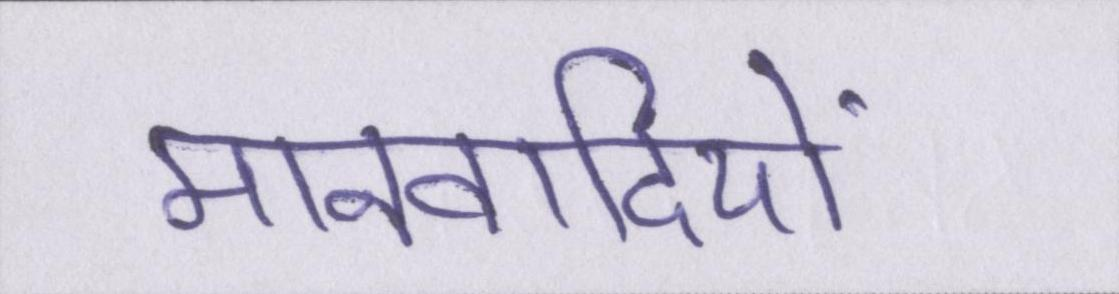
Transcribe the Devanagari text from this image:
मानवादियों